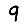
Digit: 9